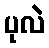
ပုလဲ